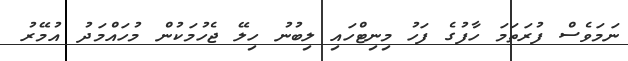
ނަމަވެސް ފުރަތަމަ ހާފުގެ ފަހު މިނިޓްހައި ލިބުނު ހިލޭ ޖެހުމަކުން މުހައްމަދު އުމޭރު